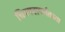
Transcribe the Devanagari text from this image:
चित्रपटापर्यंतच्या